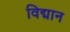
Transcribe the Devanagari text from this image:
विद्मान